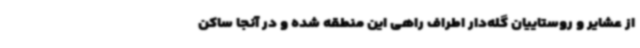
از عشایر و روستاییان گله‌دار اطراف راهی این منطقه شده و در آنجا ساکن